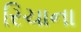
રિચાના